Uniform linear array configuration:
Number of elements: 32
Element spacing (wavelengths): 0.25
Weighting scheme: uniform
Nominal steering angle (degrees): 60
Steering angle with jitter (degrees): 60.348
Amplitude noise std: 0.05
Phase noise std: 0.05

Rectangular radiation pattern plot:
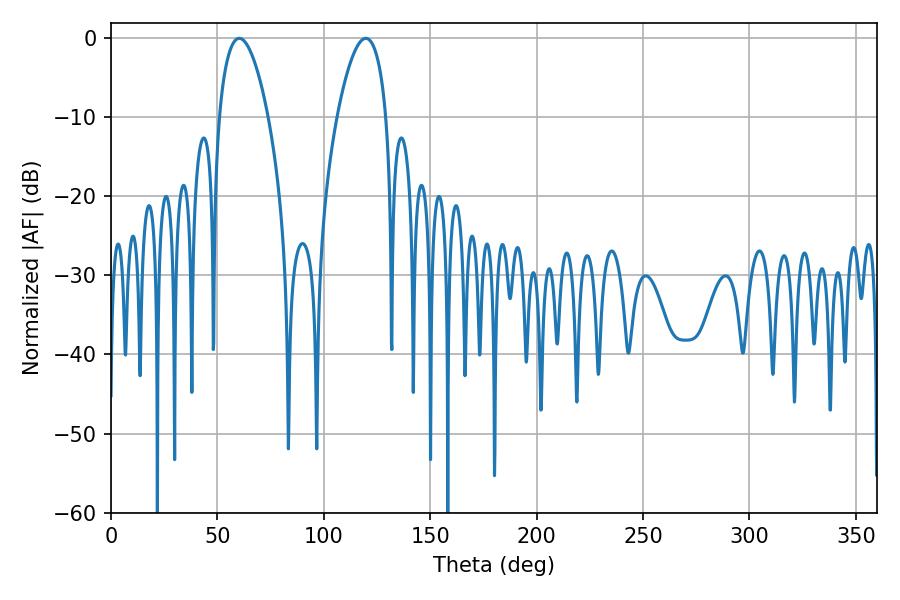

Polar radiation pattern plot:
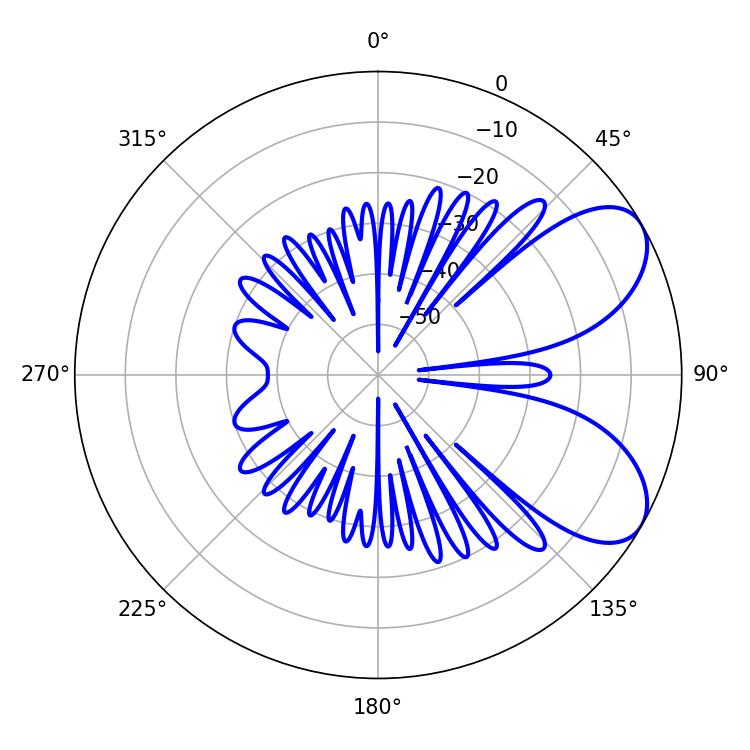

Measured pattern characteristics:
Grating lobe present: FALSE
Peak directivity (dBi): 6.743
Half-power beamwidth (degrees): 12.78
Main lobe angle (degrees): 60.3